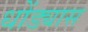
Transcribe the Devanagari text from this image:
धोंड्यास